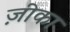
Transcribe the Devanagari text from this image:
ज़ीका